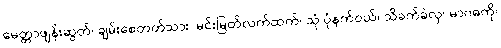
မေတ္တာဖျန်းဆွတ်၊ ချမ်းစေတတ်သား၊ မင်းမြတ်လက်ထက်၊ သုံ:ပုံနက်ဝယ်၊ သိခက်ခဲလှ၊ မာဂဓကို၊